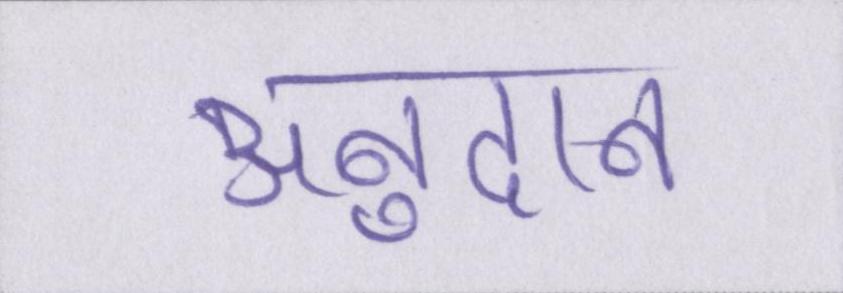
अनुदान